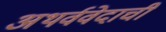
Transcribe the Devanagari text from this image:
अथर्ववेदाची